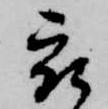
被